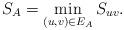
LaTeX: \begin{align*}S_A = \min_{(u,v) \in E_A} S_{uv}.\end{align*}